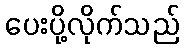
ပေးပို့လိုက်သည်